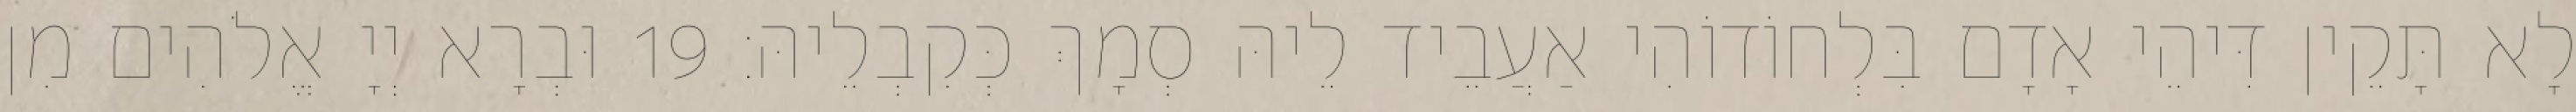
לָא תָּקֵין דִּיהֵי אָדָם בִּלְחוֹדוֹהִי אַעֲבֵיד לֵיהּ סְמָךְ כְּקִבְלֵיהּ׃ 19 וּבְרָא יְיָ אֱלֹהִים מִן